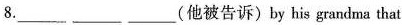
8. ___ ___ ___(他被告诉)by his grandma that